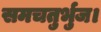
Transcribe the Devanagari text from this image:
समचतुर्भुज।